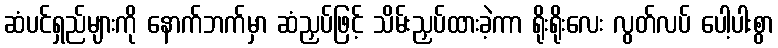
ဆံပင်ရှည်များကို နောက်ဘက်မှာ ဆံညှပ်ဖြင့် သိမ်းညှပ်ထားခဲ့ကာ ရိုးရိုးလေး လွတ်လပ် ပေါ့ပါးစွာ